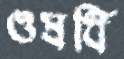
ওষধি